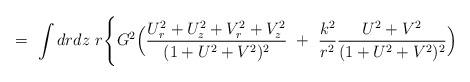
LaTeX: \begin{align*}= \ \int drdz \ r \Biggl\{ G^2 \Bigl( { U_{r}^2 + U_z^2 + V_r^2 + V_z^2 \over ( 1 + U^2 + V^2 )^2 } \ + \ \frac{k^2}{r^2}{ U^2 + V^2 \over( 1 + U^2 + V^2 )^2 } \Bigr)\end{align*}